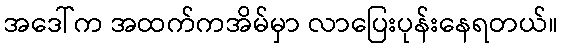
အဒေါ်က အထက်ကအိမ်မှာ လာပြေးပုန်းနေရတယ်။